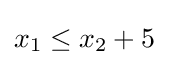
x_{1}\leq x_{2}+5